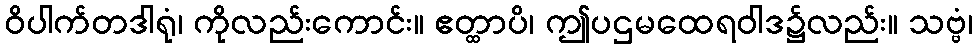
ဝိပါက်တဒါရုံ၊ ကိုလည်းကောင်း။ ဧတ္ထာပိ၊ ဤပဌမထေရဝါဒ၌လည်း။ သဗ္ဗံ၊